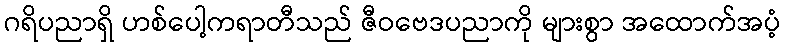
ဂရိပညာရှိ ဟစ်ပေါ့ကရာတီသည် ဇီဝဗေဒပညာကို များစွာ အထောက်အပံ့